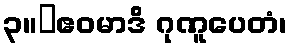
၃။	ဧဝမာဒိ ဂုဏူပေတံ၊